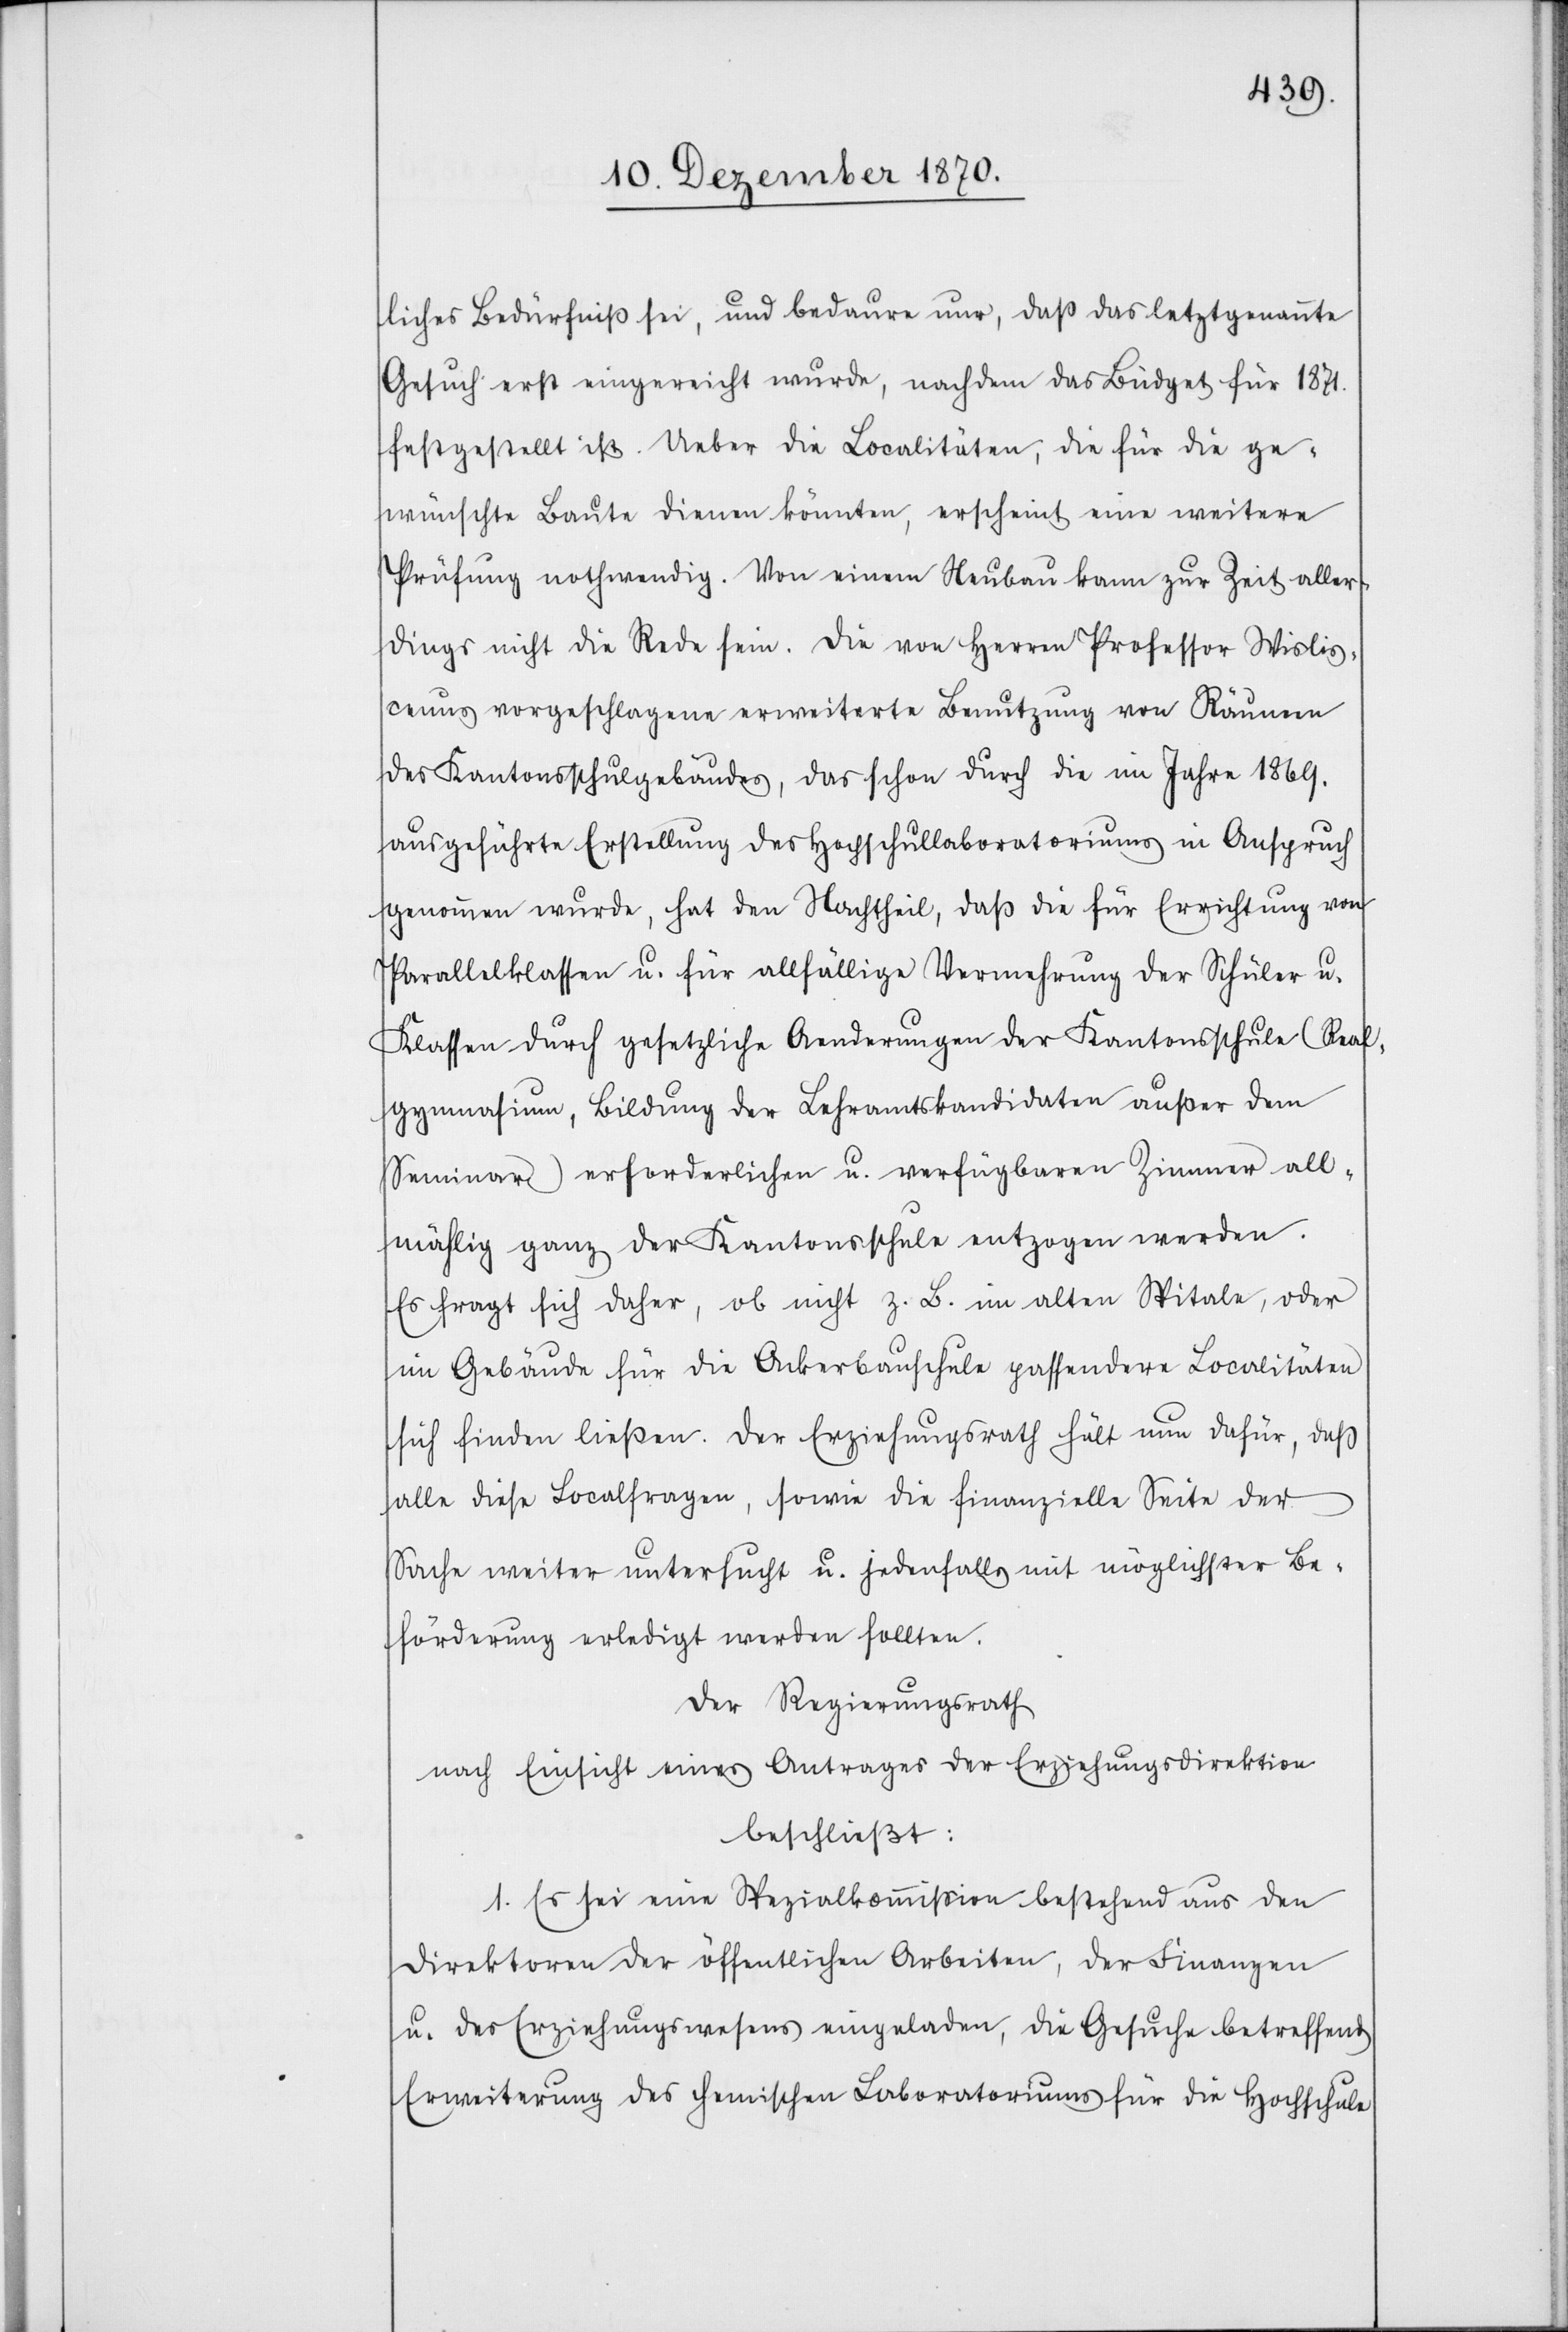
liches Bedürfniß sei, und bedaure nur, daß das letztgenannte
Gesuch erst eingereicht wurde, nachdem das Büdget für 1871.
festgestellt ist. Ueber die Localitäten, die für die ge¬
wünschte Baute dienen könnten, erscheint eine weitere
Prüfung nothwendig. Von einem Neubau kann zur Zeit aller¬
dings nicht die Rede sein. Die von Herren Professor Wislis¬
cenus vorgeschlagene erweiterte Benutzung von Räumen
des Kantonsschulgebäudes, das schon durch die im Jahre 1869.
ausgeführte Erstellung des Hochschullaboratoriums in Anspruch
genommen wurde, hat den Nachtheil, daß die für Errichtung von
Parallelklassen u. für allfällige Vermehrung der Schüler u.
Klassen durch gesetzliche Aenderungen der Kantonsschule (Real¬
gymnasium, Bildung der Lehramtskandidaten ausser dem
Seminar) erforderlichen u. verfügbaren Zimmer all¬
mählig ganz der Kantonsschule entzogen werden.
Es fragt sich daher, ob nicht z. B. im alten Spitale, oder
im Gebäude für die Ackerbauschule passendere Localitäten
sich finden ließen. Der Erziehungsrath hält nun dafür, daß
alle diese Localfragen, sowie die finanzielle Seite der
Sache weiter untersucht u. jedenfalls mit möglichster Be¬
förderung erledigt werden sollten.
Der Regierungsrath
nach Einsicht eines Antrages der Erziehungsdirektion
beschließt:
1. Es sei eine Spezialkommißion bestehend aus den
Direktoren der öffentlichen Arbeiten, der Finanzen
u. des Erziehungswesens eingeladen, die Gesuche betreffend
Erweiterung des chemischen Laboratoriums für die Hochschule